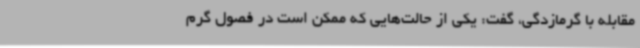
مقابله با گرمازدگی، گفت: یکی از حالت‌هایی که ممکن است در فصول گرم